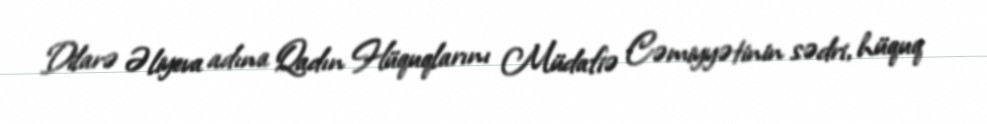
Dilarə Əliyeva adına Qadın Hüquqlarını Müdafiə Cəmiyyətinin sədri, hüquq